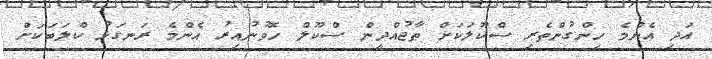
އަދި އެންމެ ހިންގުންތެރި ސްކޫލަކަށް ތާޖުއްދީން ސްކޫލް ހޮވުނުއިރު އެންމެ ރަނގަޅު ކްލަބަކަށް